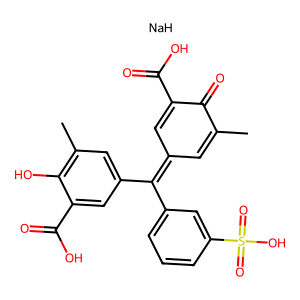
SMILES: CC1=CC(=C(c2cccc(S(=O)(=O)O)c2)c2cc(C)c(O)c(C(=O)O)c2)C=C(C(=O)O)C1=O.[NaH]
Inhibits HIV replication: No